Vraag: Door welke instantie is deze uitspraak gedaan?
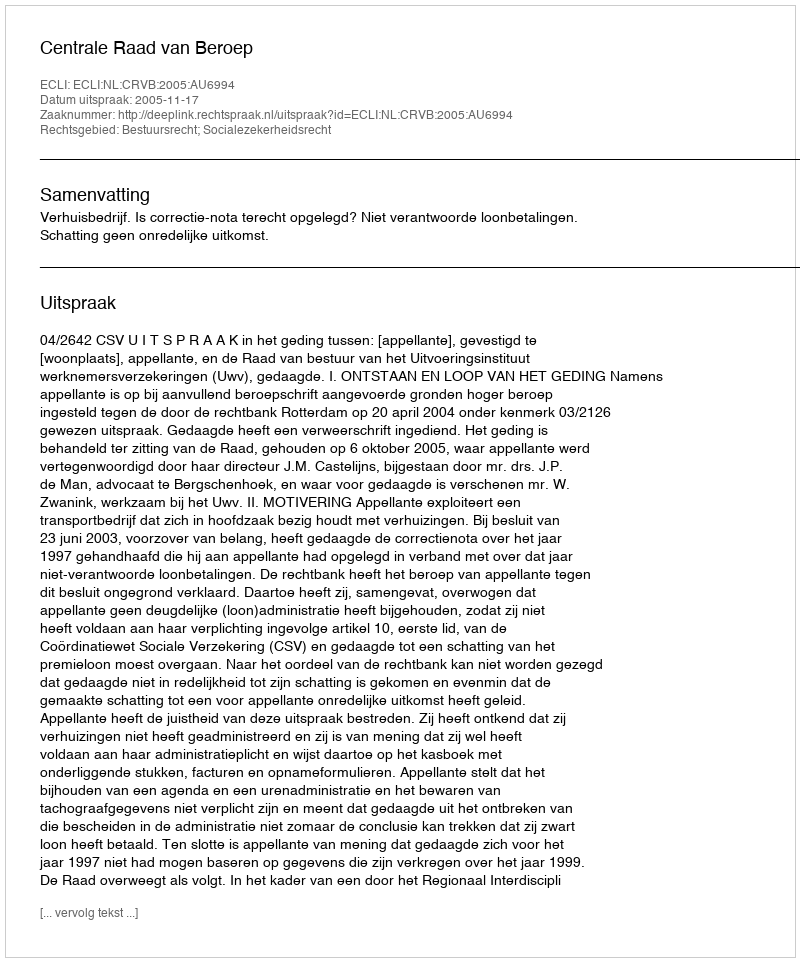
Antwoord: Centrale Raad van Beroep